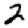
Digit: 2